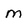
Character: m